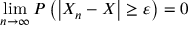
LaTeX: \operatorname* { l i m } _ { n \rightarrow \infty } P \left( \left| X _ { n } - X \right| \geq \varepsilon \right) = 0